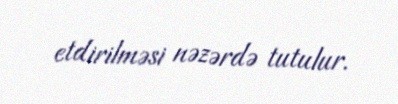
etdirilməsi nəzərdə tutulur.